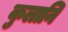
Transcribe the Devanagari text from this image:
कुलानि